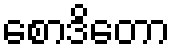
စောဒိတော